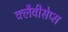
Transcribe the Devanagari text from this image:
क्लैवीसेप्स